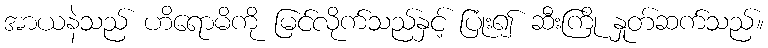
အာယနဲသည် ဟိရောမိကို မြင်လိုက်သည်နှင့် ပြုံး၍ ဆီးကြို နှုတ်ဆက်သည်။